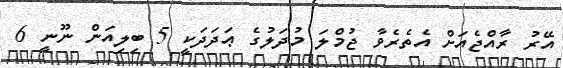
އޭރު ރާއްޖެއަށް އެތެރެވާ ޖުމްލަ މުދަލުގެ ޢަދަދަކީ 5 ބިލިއަން ނޫނީ 6